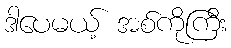
ဒါပေမယ့် အစ်ကိုကြီး